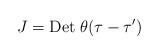
LaTeX: \begin{align*}J={\rm Det}\;\theta ( \tau -\tau ^{\prime })\end{align*}